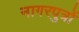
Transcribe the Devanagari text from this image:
नागरपुत्रों